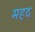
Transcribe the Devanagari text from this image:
महद